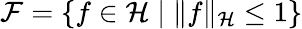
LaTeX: \mathcal{F}=\{ f\in\mathcal{H}\; |\; \| f\| _{\mathcal{H}}\leq 1\}